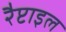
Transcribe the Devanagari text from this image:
रैप्टाइल